65_HS1-834228961_62-HQ-83894_Serial_130
Agency: FBI
Page 124
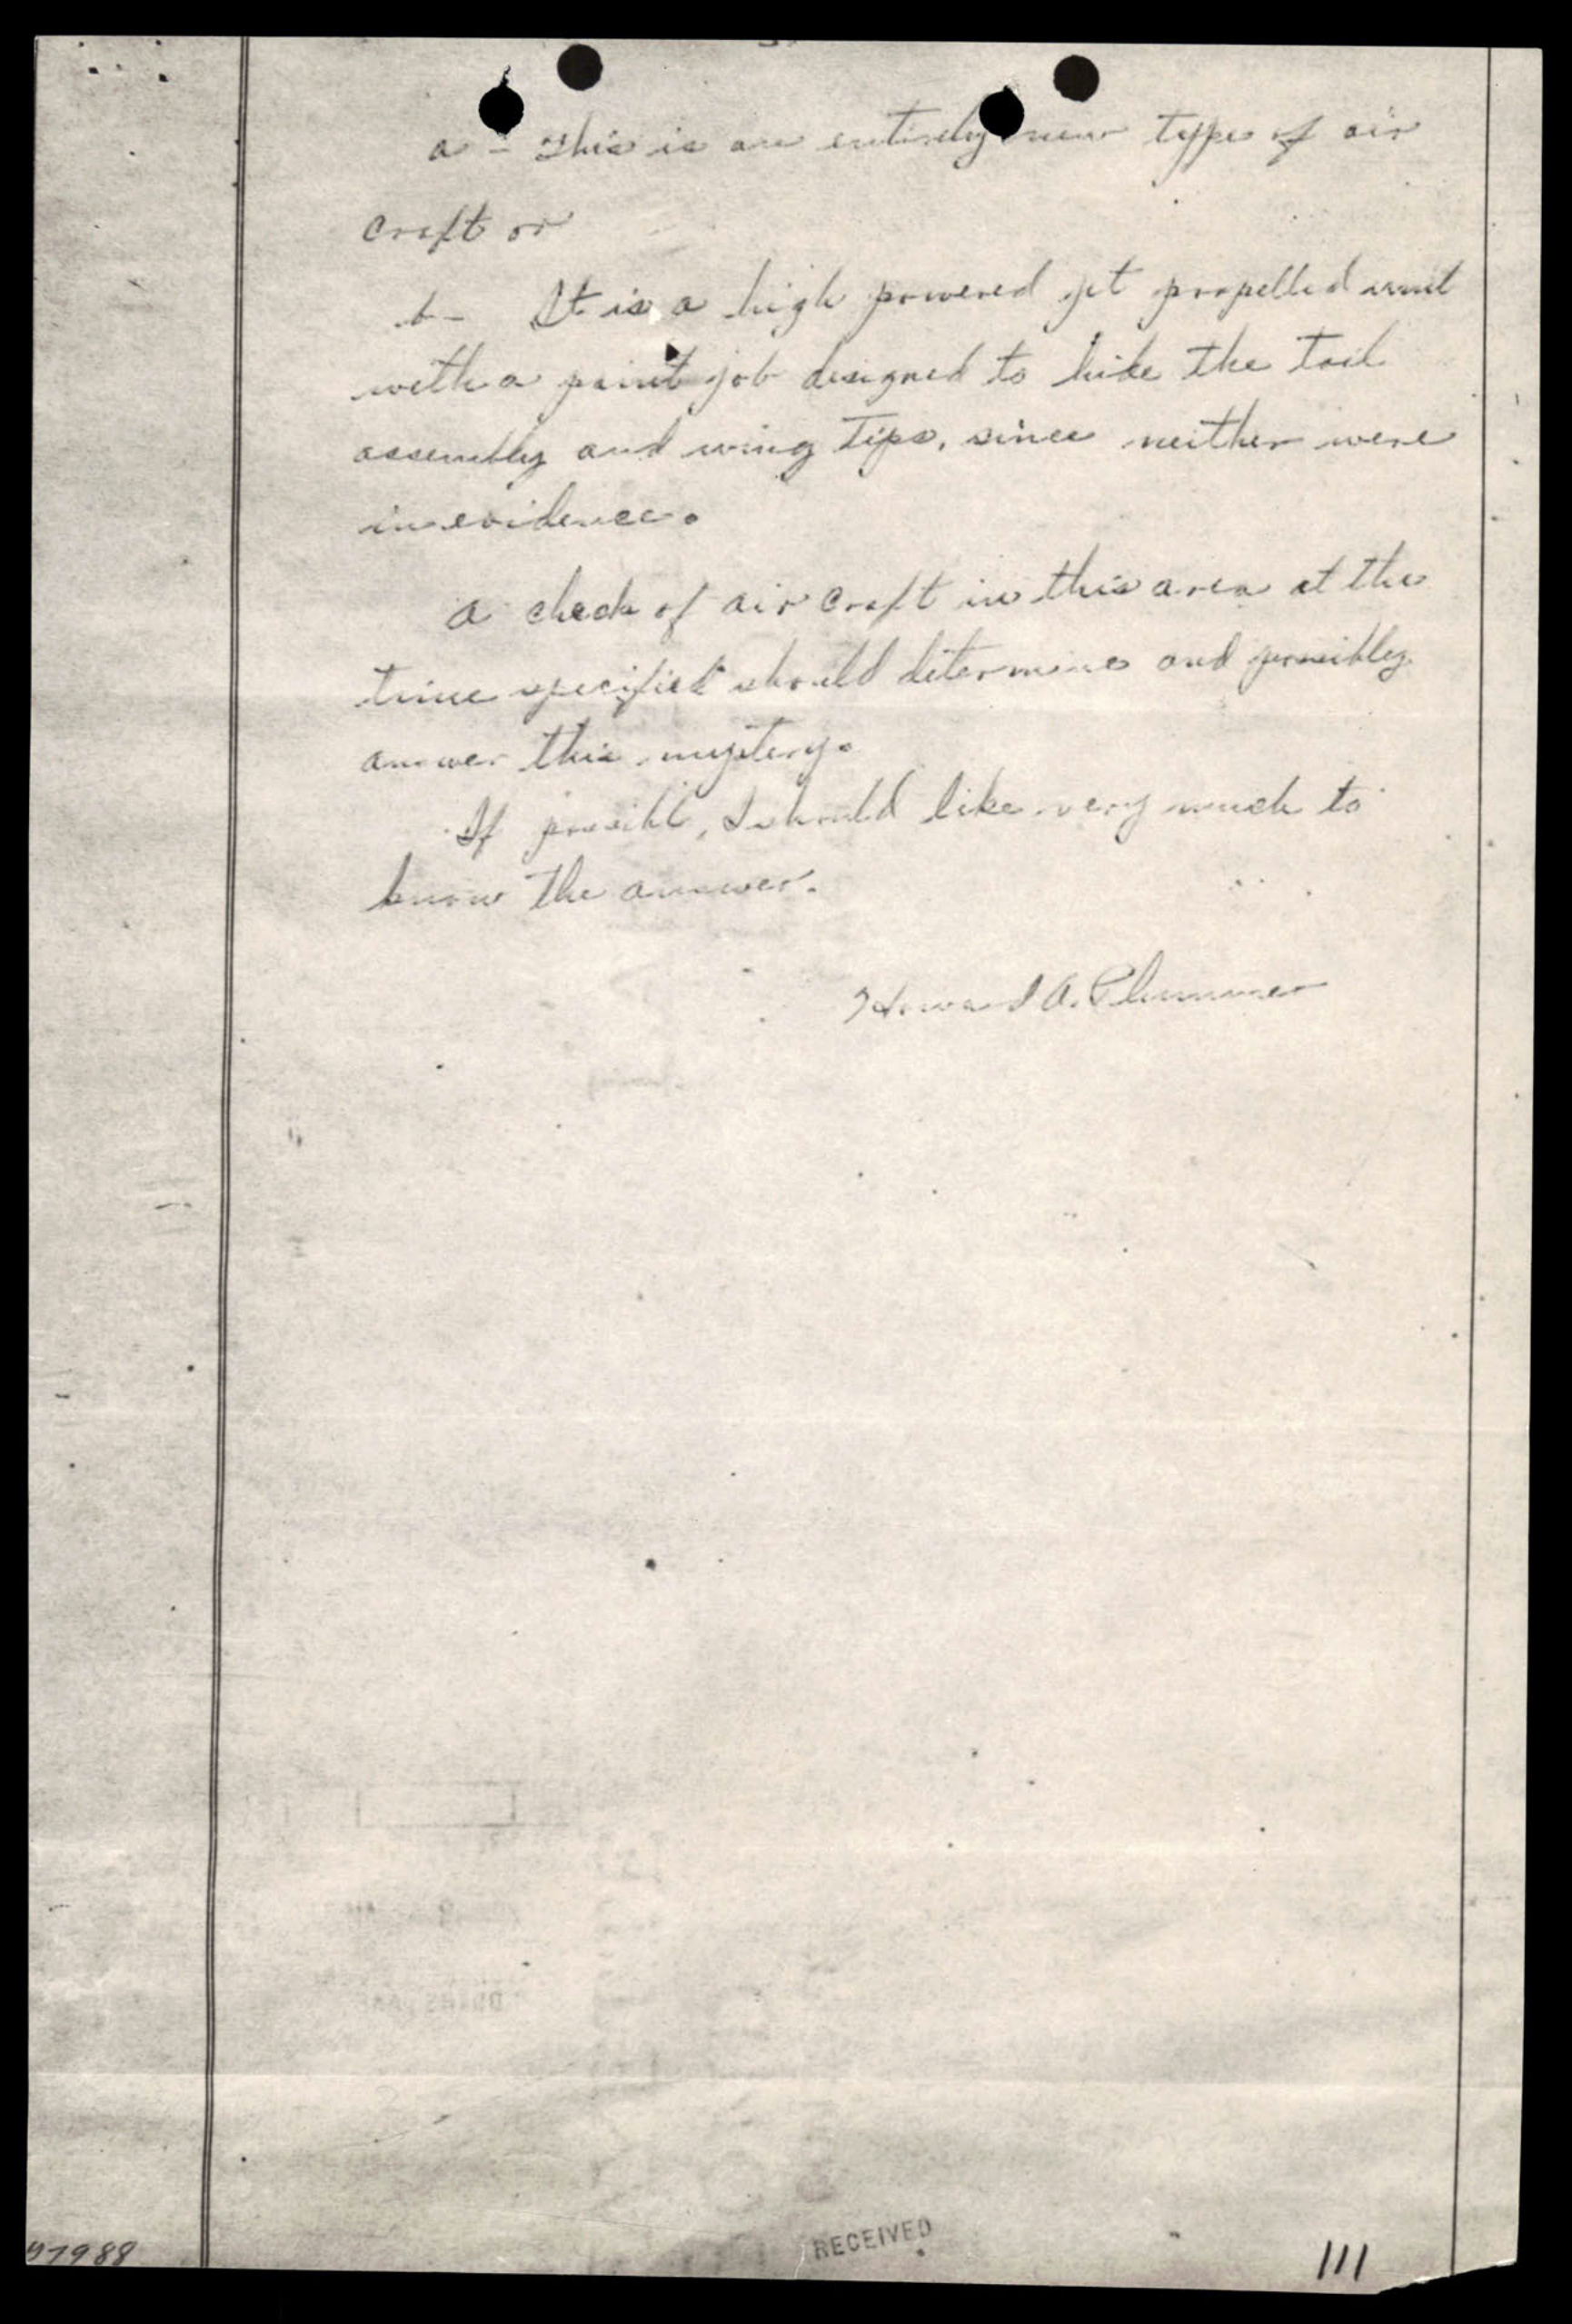